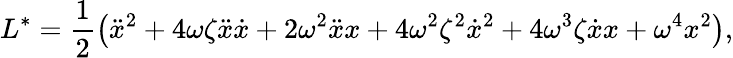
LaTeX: L^{*}=\frac{1}{2}\left(\ddot{x}^{2}+4\omega\zeta\ddot{x}\dot{x}+2\omega^{2}\ddot{x}x+4\omega^{2}\zeta^{2}\dot{x}^{2}+4\omega^{3}\zeta\dot{x}x+\omega^{4}x^{2}\right),